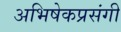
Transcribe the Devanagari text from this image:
अभिषेकप्रसंगी